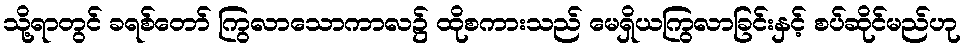
သို့ရာတွင် ခရစ်တော် ကြွလာသောကာလ၌ ထိုစကားသည် မေရှိယကြွလာခြင်းနှင့် စပ်ဆိုင်မည်ဟု